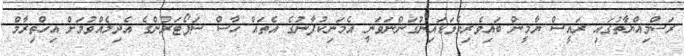
ރަސްމިއްޔާތުގައި ރައީސް ޔާމީން ބައިވެރިވެވަޑައިނުގަންނަވަނީ އެމަނިކުފާނުގެ އެތައް ހާސް ސަޕޯޓަރުންގެ އެދިލެއްވުމަށް އިހްތިރާމް